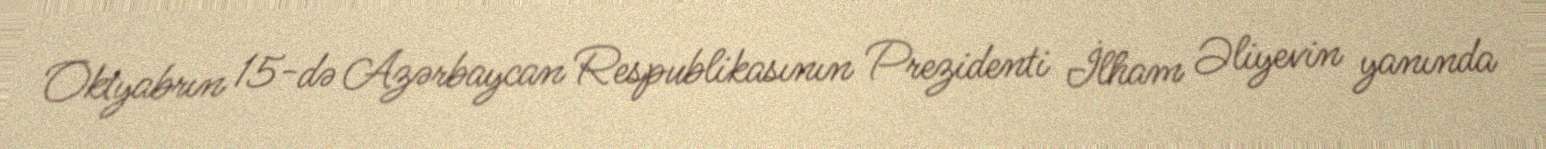
Oktyabrın 15-də Azərbaycan Respublikasının Prezidenti İlham Əliyevin yanında